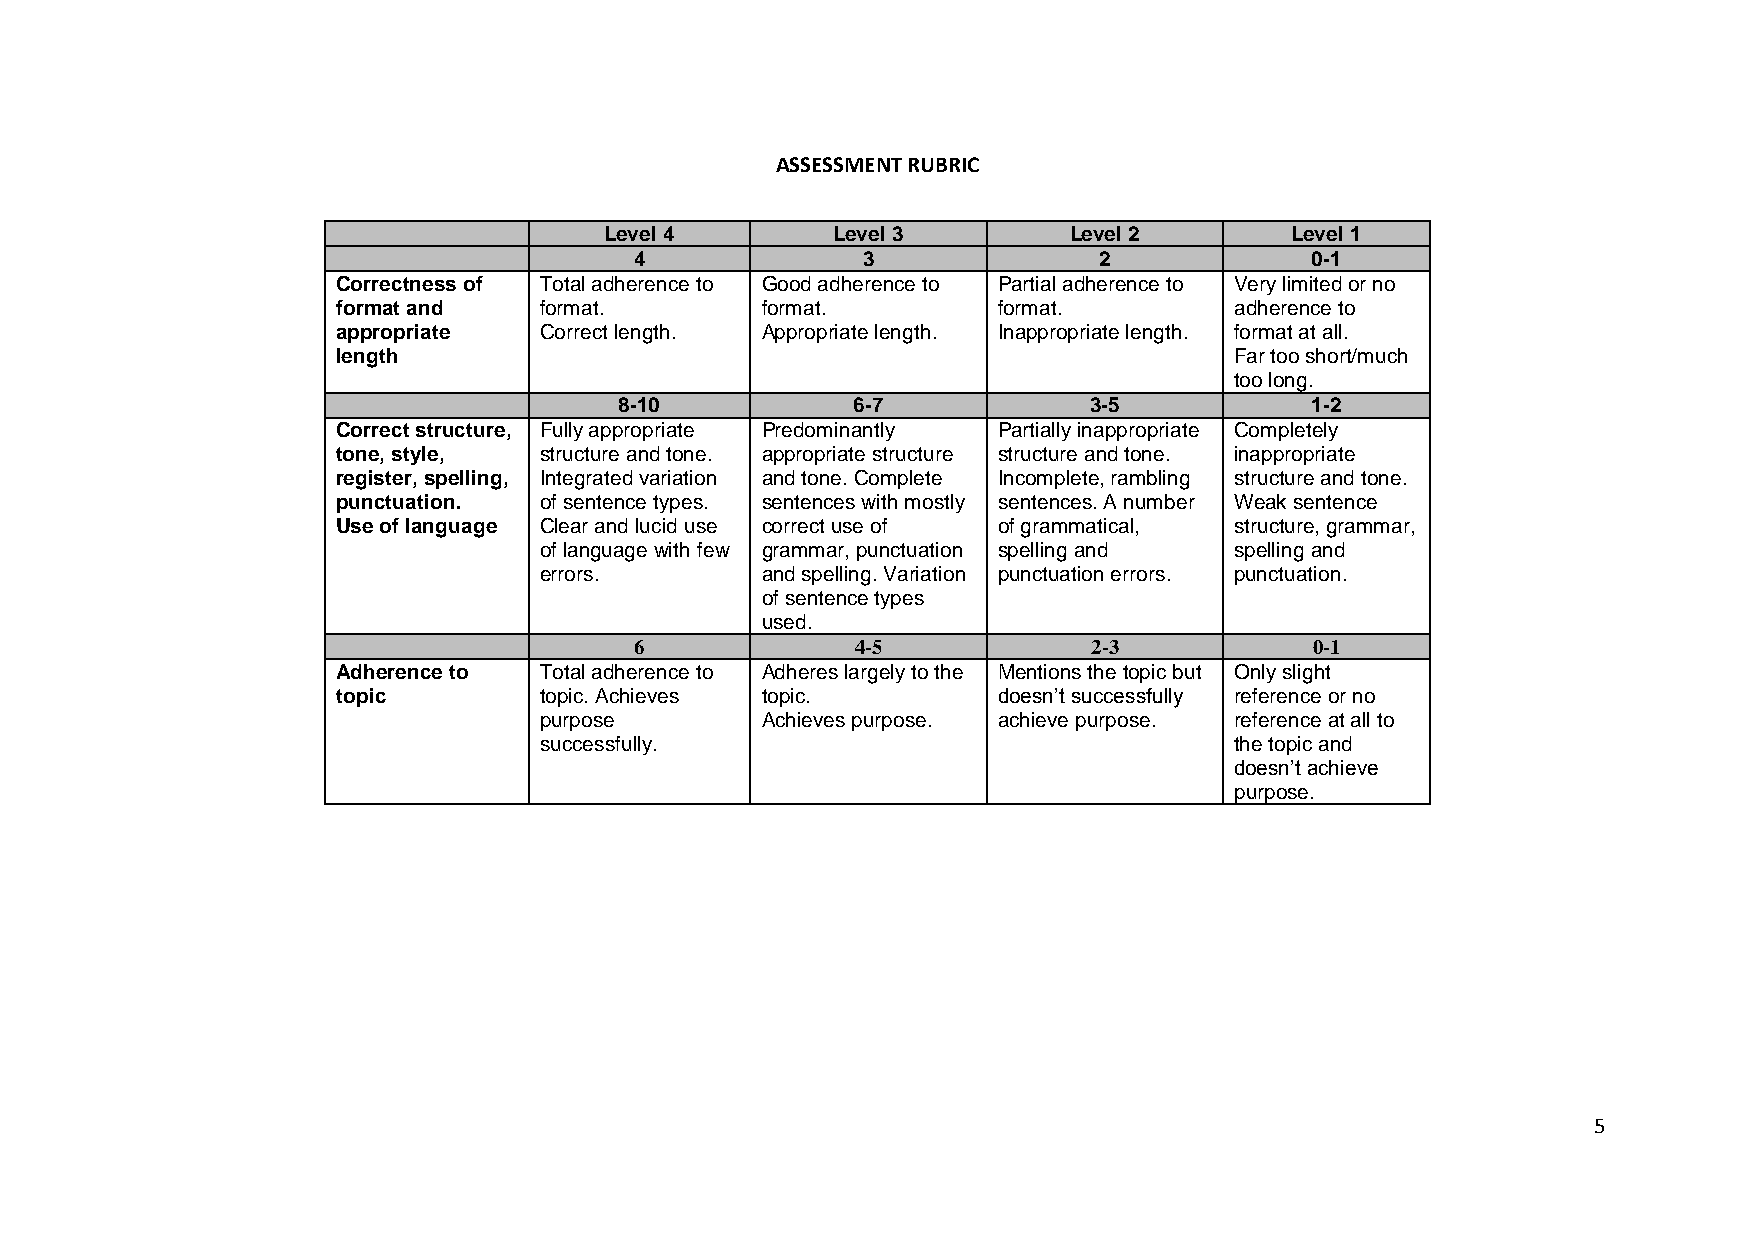
ASSESSMENT RUBRIC
 Level 4        Level 3         Level 2       Level 1
 4              3               2             0-1
 Correctness of Total adherence to Good adherence to Partial adherence to Very limited or no
 format and    format.       format.         format.         adherence to
 appropriate   Correct length. Appropriate length. Inappropriate length. format at all.
 length                                                      Far too short/much
 too long.
 8-10           6-7             3-5            1-2
 Correct structure, Fully appropriate Predominantly Partially inappropriate Completely
 tone, style,  structure and tone. appropriate structure structure and tone. inappropriate
 register, spelling, Integrated variation and tone. Complete Incomplete, rambling structure and tone.
 punctuation.  of sentence types. sentences with mostly sentences. A number Weak sentence
 Use of language Clear and lucid use correct use of of grammatical, structure, grammar,
 of language with few grammar, punctuation spelling and spelling and
 errors.       and spelling. Variation punctuation errors. punctuation.
 of sentence types
 used.
 6              4-5            2-3            0-1
 Adherence to  Total adherence to Adheres largely to the Mentions the topic but Only slight
 topic         topic. Achieves topic.        doesn’t successfully reference or no
 purpose       Achieves purpose. achieve purpose. reference at all to
 successfully.                                 the topic and
 doesn’t achieve
 purpose.
 5